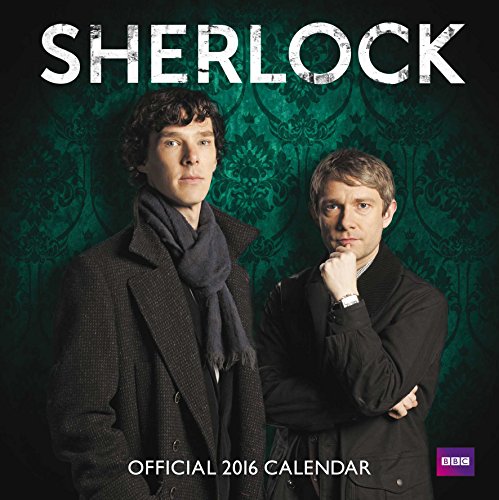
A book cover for The Official Sherlock 2016 Square Calendar; Calendars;